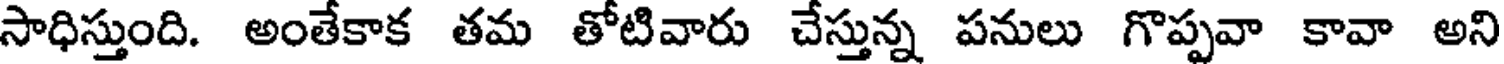
సాధిస్తుంది. అంతేకాక తమ తోటివారు చేస్తున్న పనులు గొప్పవా కావా అని